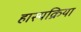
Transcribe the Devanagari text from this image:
हास्यक्रिया